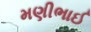
મણીભાઈ